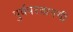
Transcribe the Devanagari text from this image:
पुर्वपरवानगी